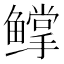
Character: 𬶰